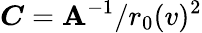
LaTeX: \boldsymbol{C}=\boldsymbol{\mathbf{A}}^{-1}/r_{0}(v)^{2}